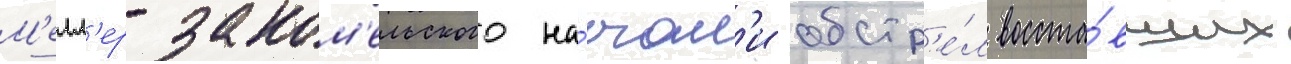
М'елл'ер-заком'ельского на́чал'и обстр'е́л восста́вших